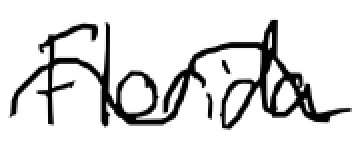
Text: Florida
Cross-out: wave
Writing tool: digital_black